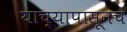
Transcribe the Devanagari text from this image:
याच्यापासूनच